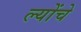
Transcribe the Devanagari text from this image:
ल्योंचे